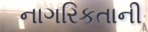
નાગરિકતાની